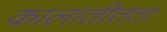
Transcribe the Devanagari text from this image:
कालातीतता